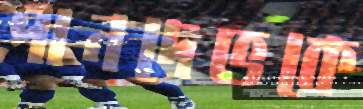
পানদেভকে